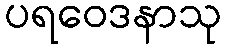
ပရဝေဒနာသု